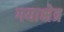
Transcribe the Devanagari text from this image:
गयाक्षेत्र